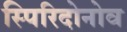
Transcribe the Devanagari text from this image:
स्पिरिदोनोव